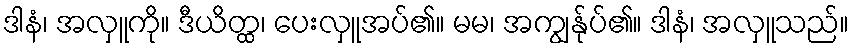
ဒါနံ၊ အလှူကို။ ဒီယိတ္ထ၊ ပေးလှူအပ်၏။ မမ၊ အကျွန်ုပ်၏။ ဒါနံ၊ အလှူသည်။